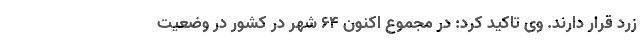
زرد قرار دارند. وی تاکید کرد: در مجموع اکنون ۶۴ شهر در کشور در وضعیت